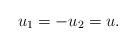
LaTeX: \begin{align*}u_1=-u_2=u.\end{align*}